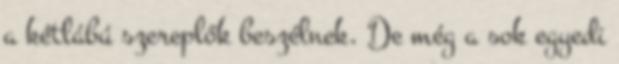
a kétlábú szereplők beszélnek. De még a sok egyedi